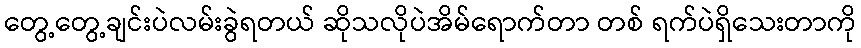
တွေ့တွေ့ချင်းပဲလမ်းခွဲရတယ် ဆိုသလိုပဲအိမ်ရောက်တာ တစ် ရက်ပဲရှိသေးတာကို